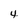
Character: 4